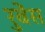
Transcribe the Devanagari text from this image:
रुबेंस